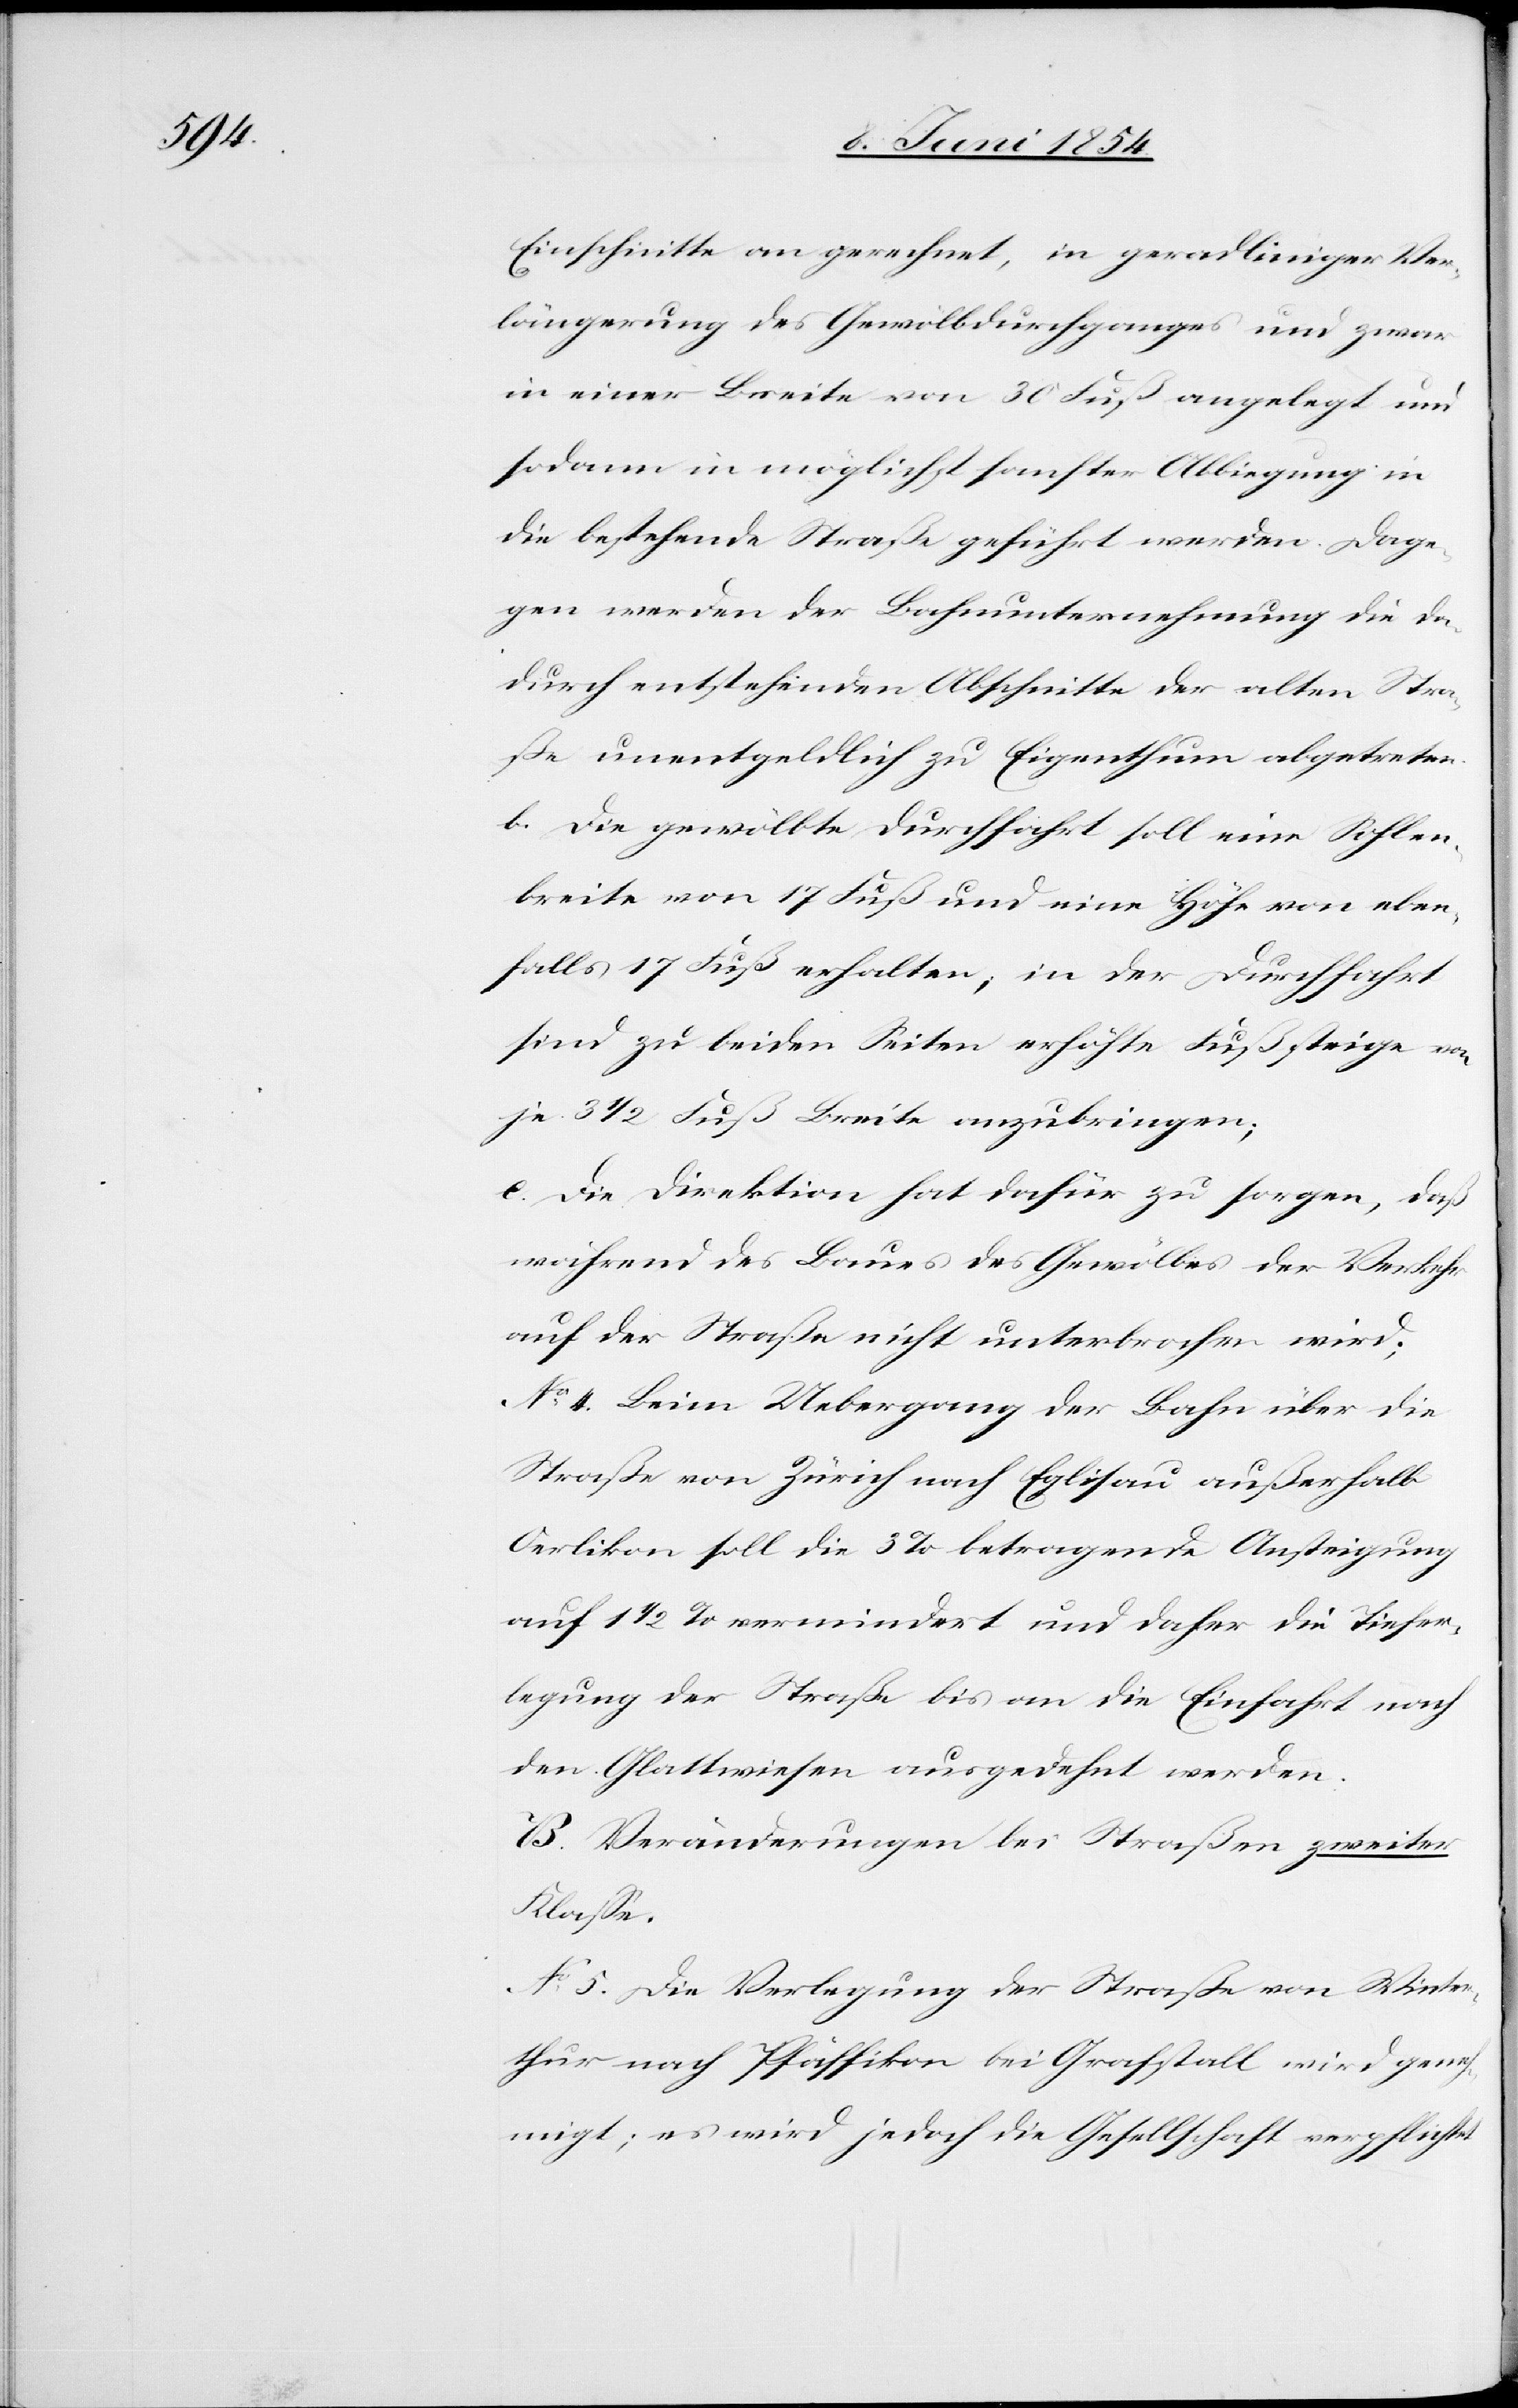
Einschnitte an gerechnet, in geradliniger Ver¬
längerung des Gewölbdurchganges und zwar
in einer Breite von 30 Fuß angelegt und
sodann in möglichst sanfter Abbiegung in
die bestehende Straße geführt werden. Dage¬
gen werden der Bahnunternehmung die da¬
durch entstehenden Abschnitte der alten Stra¬
ße unentgeldlich zu Eigenthum abgetreten.
b. Die gewölbte Durchfahrt soll eine Sohlen¬
breite von 17 Fuß und eine Höhe von eben¬
falls 17 Fuß erhalten; in der Durchfahrt
sind zu beiden Seiten erhöhte Fußsteige von
je 3 1/2 Fuß Breite anzubringen;
c. Die Direktion hat dafür zu sorgen, daß
während des Baues des Gewölbes der Verkehr
auf der Straße nicht unterbrochen wird;
No 4. Beim Uebergang der Bahn über die
Straße von Zürich nach Eglisau außerhalb
Oerlikon soll die 3 % betragende Ansteigung
auf 1 1/2 vermindert und daher die Tiefer¬
legung der Straße bis an die Einfahrt nach
den Glattwiesen ausgedehnt werden.
B. Veränderungen bei Straßen zweiter
Klaße.
No 5 Die Verlegung der Straße von Winter¬
thur nach Pfäffikon bei Grafstall wird geneh¬
migt; es wird jedoch die Gesellschaft verpflichtet